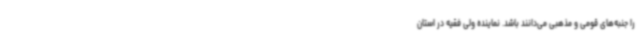
را جنبه‌های قومی و مذهبی می‌دانند باشد. نماینده ولی فقیه در استان